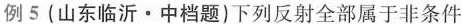
例5(山东临沂 · 中档题)下列反射全部属于非条件